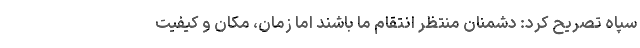
سپاه تصریح کرد: دشمنان منتظر انتقام ما باشند اما زمان، مکان و کیفیت